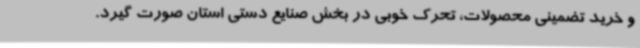
و خرید تضمینی محصولات، تحرک خوبی در بخش صنایع دستی استان صورت گیرد.